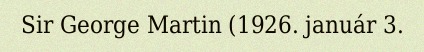
Sir George Martin (1926. január 3.